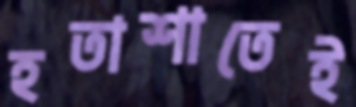
হতাশাতেই